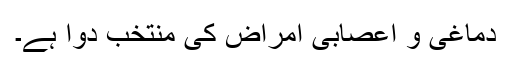
دماغی و اعصابی امراض کی منتخب دوا ہے۔